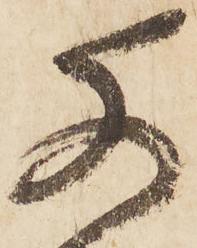
尚